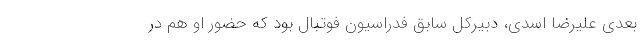
بعدی علیرضا اسدی، دبیرکل سابق فدراسیون فوتبال بود که حضور او هم در